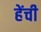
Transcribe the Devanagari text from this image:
हेंची